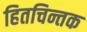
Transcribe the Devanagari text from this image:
हितचिन्तक